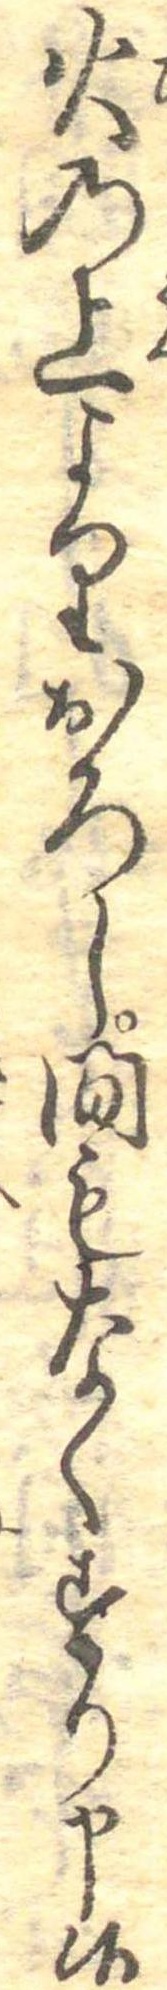
火の上よりおろし間もなくすり申候